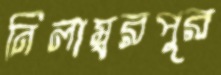
নিলাম্বরপুর